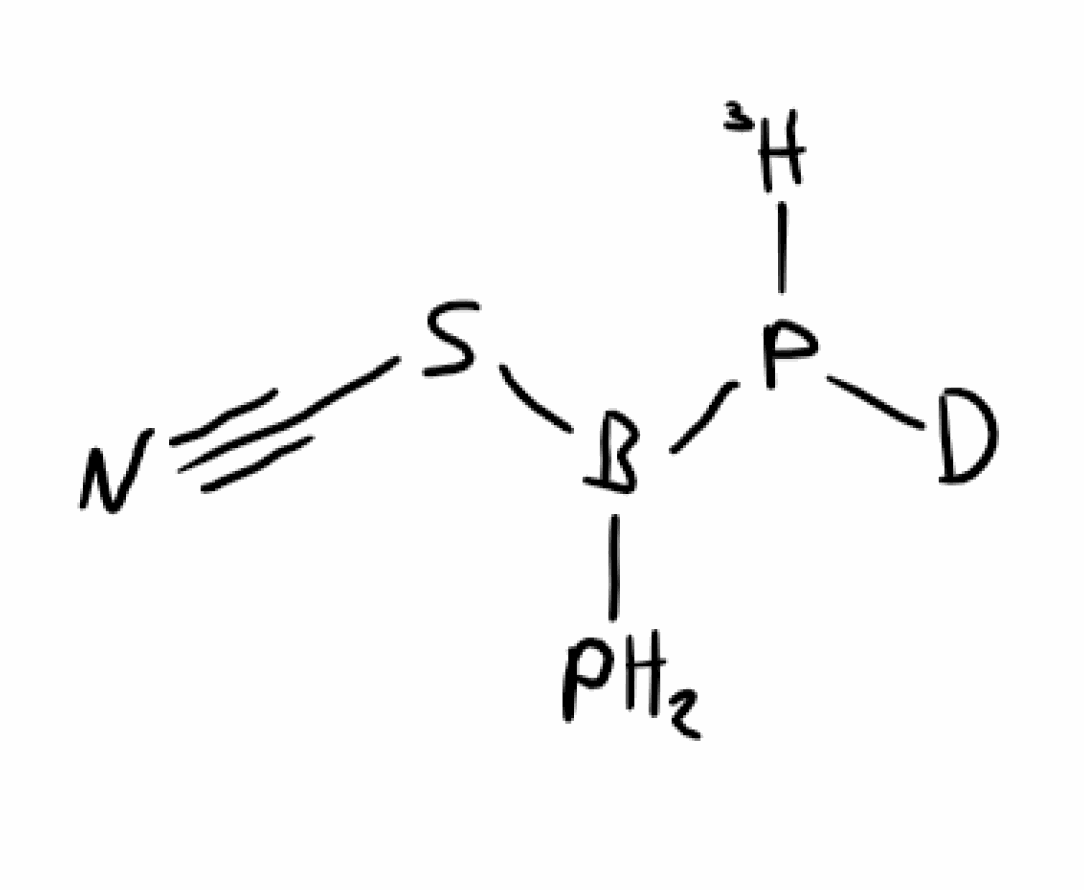
Simplified molecular-input line-entry system (SMILES) notation of the given molecule:
[2H]P([3H])B(P)SC#N